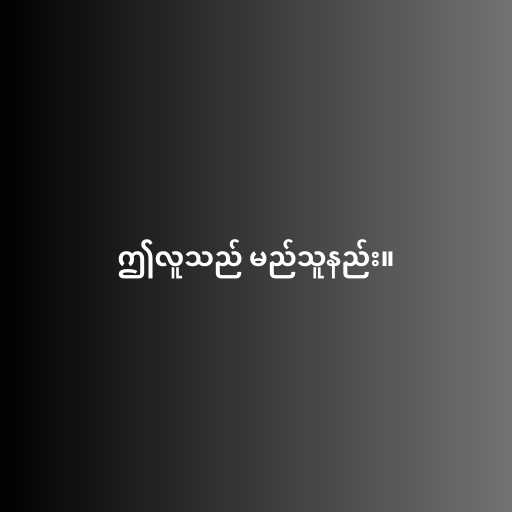
ဤလူသည် မည်သူနည်း။